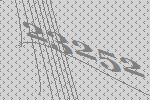
23252